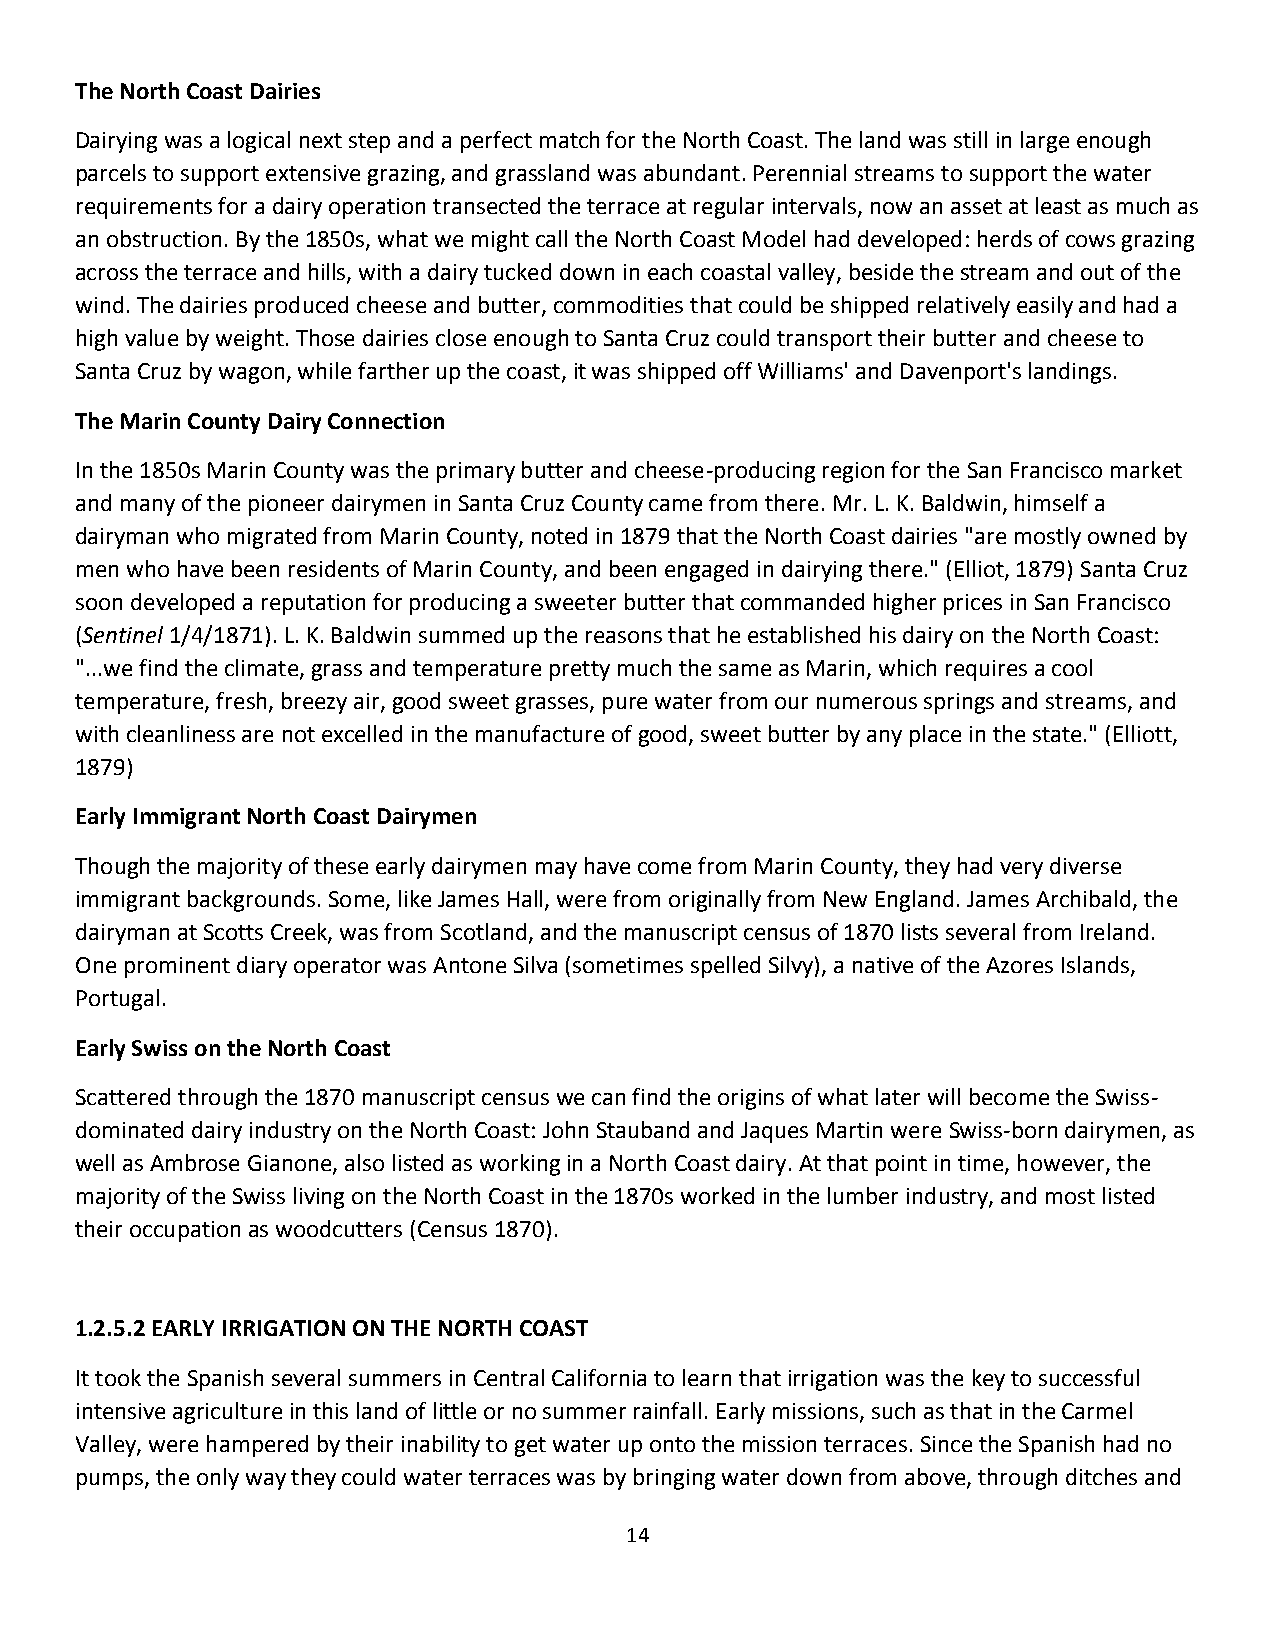
The North Coast Dairies
 Dairying was a logical next step and a perfect match for the North Coast. The land was still in large enough
 parcels to support extensive grazing, and grassland was abundant. Perennial streams to support the water
 requirements for a dairy operation transected the terrace at regular intervals, now an asset at least as much as
 an obstruction. By the 1850s, what we might call the North Coast Model had developed: herds of cows grazing
 across the terrace and hills, with a dairy tucked down in each coastal valley, beside the stream and out of the
 wind. The dairies produced cheese and butter, commodities that could be shipped relatively easily and had a
 high value by weight. Those dairies close enough to Santa Cruz could transport their butter and cheese to
 Santa Cruz by wagon, while farther up the coast, it was shipped off Williams' and Davenport's landings.
 The Marin County Dairy Connection
 In the 1850s Marin County was the primary butter and cheese-producing region for the San Francisco market
 and many of the pioneer dairymen in Santa Cruz County came from there. Mr. L. K. Baldwin, himself a
 dairyman who migrated from Marin County, noted in 1879 that the North Coast dairies "are mostly owned by
 men who have been residents of Marin County, and been engaged in dairying there." (Elliot, 1879) Santa Cruz
 soon developed a reputation for producing a sweeter butter that commanded higher prices in San Francisco
 (Sentinel 1/4/1871). L. K. Baldwin summed up the reasons that he established his dairy on the North Coast:
 "...we find the climate, grass and temperature pretty much the same as Marin, which requires a cool
 temperature, fresh, breezy air, good sweet grasses, pure water from our numerous springs and streams, and
 with cleanliness are not excelled in the manufacture of good, sweet butter by any place in the state." (Elliott,
 1879)
 Early Immigrant North Coast Dairymen
 Though the majority of these early dairymen may have come from Marin County, they had very diverse
 immigrant backgrounds. Some, like James Hall, were from originally from New England. James Archibald, the
 dairyman at Scotts Creek, was from Scotland, and the manuscript census of 1870 lists several from Ireland.
 One prominent diary operator was Antone Silva (sometimes spelled Silvy), a native of the Azores Islands,
 Portugal.
 Early Swiss on the North Coast
 Scattered through the 1870 manuscript census we can find the origins of what later will become the Swiss-
 dominated dairy industry on the North Coast: John Stauband and Jaques Martin were Swiss-born dairymen, as
 well as Ambrose Gianone, also listed as working in a North Coast dairy. At that point in time, however, the
 majority of the Swiss living on the North Coast in the 1870s worked in the lumber industry, and most listed
 their occupation as woodcutters (Census 1870).
 1.2.5.2 EARLY IRRIGATION ON THE NORTH COAST
 It took the Spanish several summers in Central California to learn that irrigation was the key to successful
 intensive agriculture in this land of little or no summer rainfall. Early missions, such as that in the Carmel
 Valley, were hampered by their inability to get water up onto the mission terraces. Since the Spanish had no
 pumps, the only way they could water terraces was by bringing water down from above, through ditches and
 14